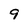
Character: 9